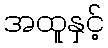
အထူနှင့်